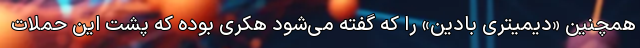
همچنین «دیمیتری بادین» را که گفته می‌شود هکری بوده که پشت این حملات